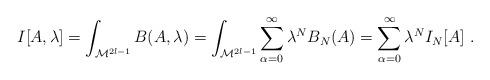
LaTeX: \begin{align*} I[A,\lambda]=\int_{{\cal M}^{2l-1}}B(A,\lambda)= \int_{{\cal M}^{2l-1}}\sum^\infty_{\alpha=0} \lambda^NB_N(A)=\sum^\infty_{\alpha=0}\lambda^N I_N [A]\ .\end{align*}